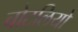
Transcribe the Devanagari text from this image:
चोटलियो